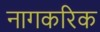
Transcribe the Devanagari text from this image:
नागकरिक